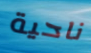
ناحية